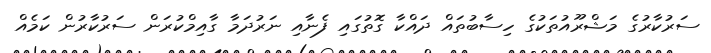
ސަރުކާރުގެ މަޝްރޫއުތަކުގެ ހިސާބުތައް ދައްކާ ގޮތުގައި ފެނާއި ނަރުދަމާ ގާއިމްކުރަން ސަރުކާރުން ކަމެއް